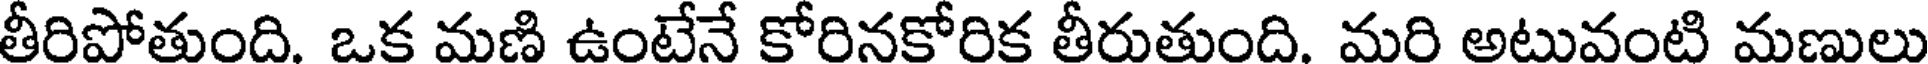
తీరిపోతుంది. ఒక మణి ఉంటేనే కోరినకోరిక తీరుతుంది. మరి అటువంటి మణులు